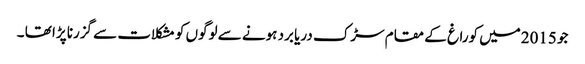
جو 2015میں کوراغ کے مقام سڑک دریا برد ہونے سے لوگوں کو مشکلات سے گزرنا پڑا تھا ۔